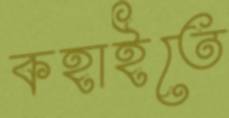
কহাইতে